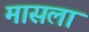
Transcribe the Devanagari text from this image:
मासला